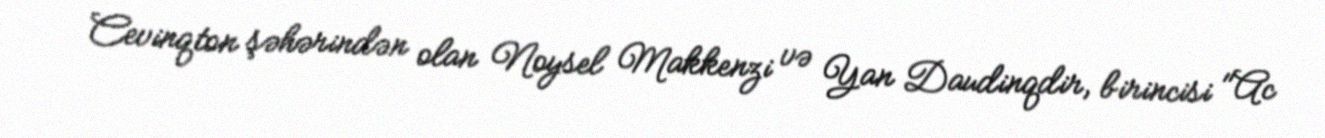
Cevinqton şəhərindən olan Noysel Makkenzi və Yan Daudinqdir, birincisi "Ac